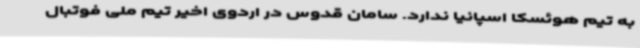
به تیم هوئسکا اسپانیا ندارد. سامان قدوس در اردوی اخیر تیم ملی فوتبال